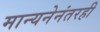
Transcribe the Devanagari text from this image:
मान्यनेनंतरही